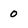
Character: 0